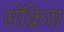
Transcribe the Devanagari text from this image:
सेक्रिस